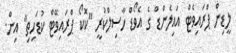
ލީޑިން ޕްރައިވެޓް އައިލެންޑް ގެ އެވޯޑް ހާސިލްކުރީ "ކޮކޯ ޕްރައިވޭޓް ކުޑަހިތި" އިން.